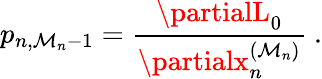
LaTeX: p_{n,\mathcal{M}_{n}-1}=\frac{{\partialL_{0}}}{{\partialx_{n}^{(\mathcal{M}_{n})}}}\ .